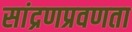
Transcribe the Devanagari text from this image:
सांद्रणप्रवणता